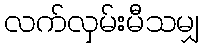
လက်လှမ်းမီသမျှ